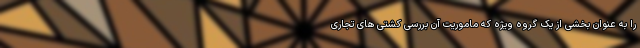
را به عنوان بخشی از یک گروه ویژه که ماموریت آن بررسی کشتی های تجاری